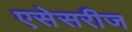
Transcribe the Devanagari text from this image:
एसेसरीज